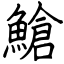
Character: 䱽